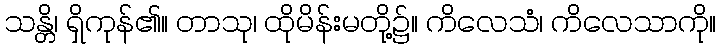
သန္တိ၊ ရှိကုန်၏။ တာသု၊ ထိုမိန်းမတို့၌။ ကိလေသံ၊ ကိလေသာကို။